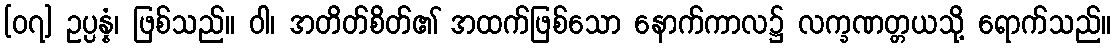
[၀၇] ဥပ္ပန္နံ၊ ဖြစ်သည်။ ဝါ၊ အတိတ်စိတ်၏ အထက်ဖြစ်သော နောက်ကာလ၌ လက္ခဏတ္တယသို့ ရောက်သည်။